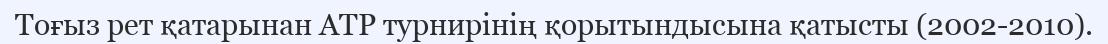
Тоғыз рет қатарынан ATP турнирінің қорытындысына қатысты (2002-2010).